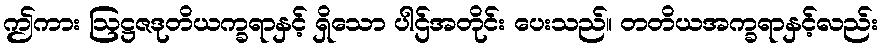
ဤကား ဩဋ္ဌဇဒုတိယက္ခရာနှင့် ရှိသော ပါဌ်အတိုင်း ပေးသည်။ တတိယအက္ခရာနှင့်လည်း